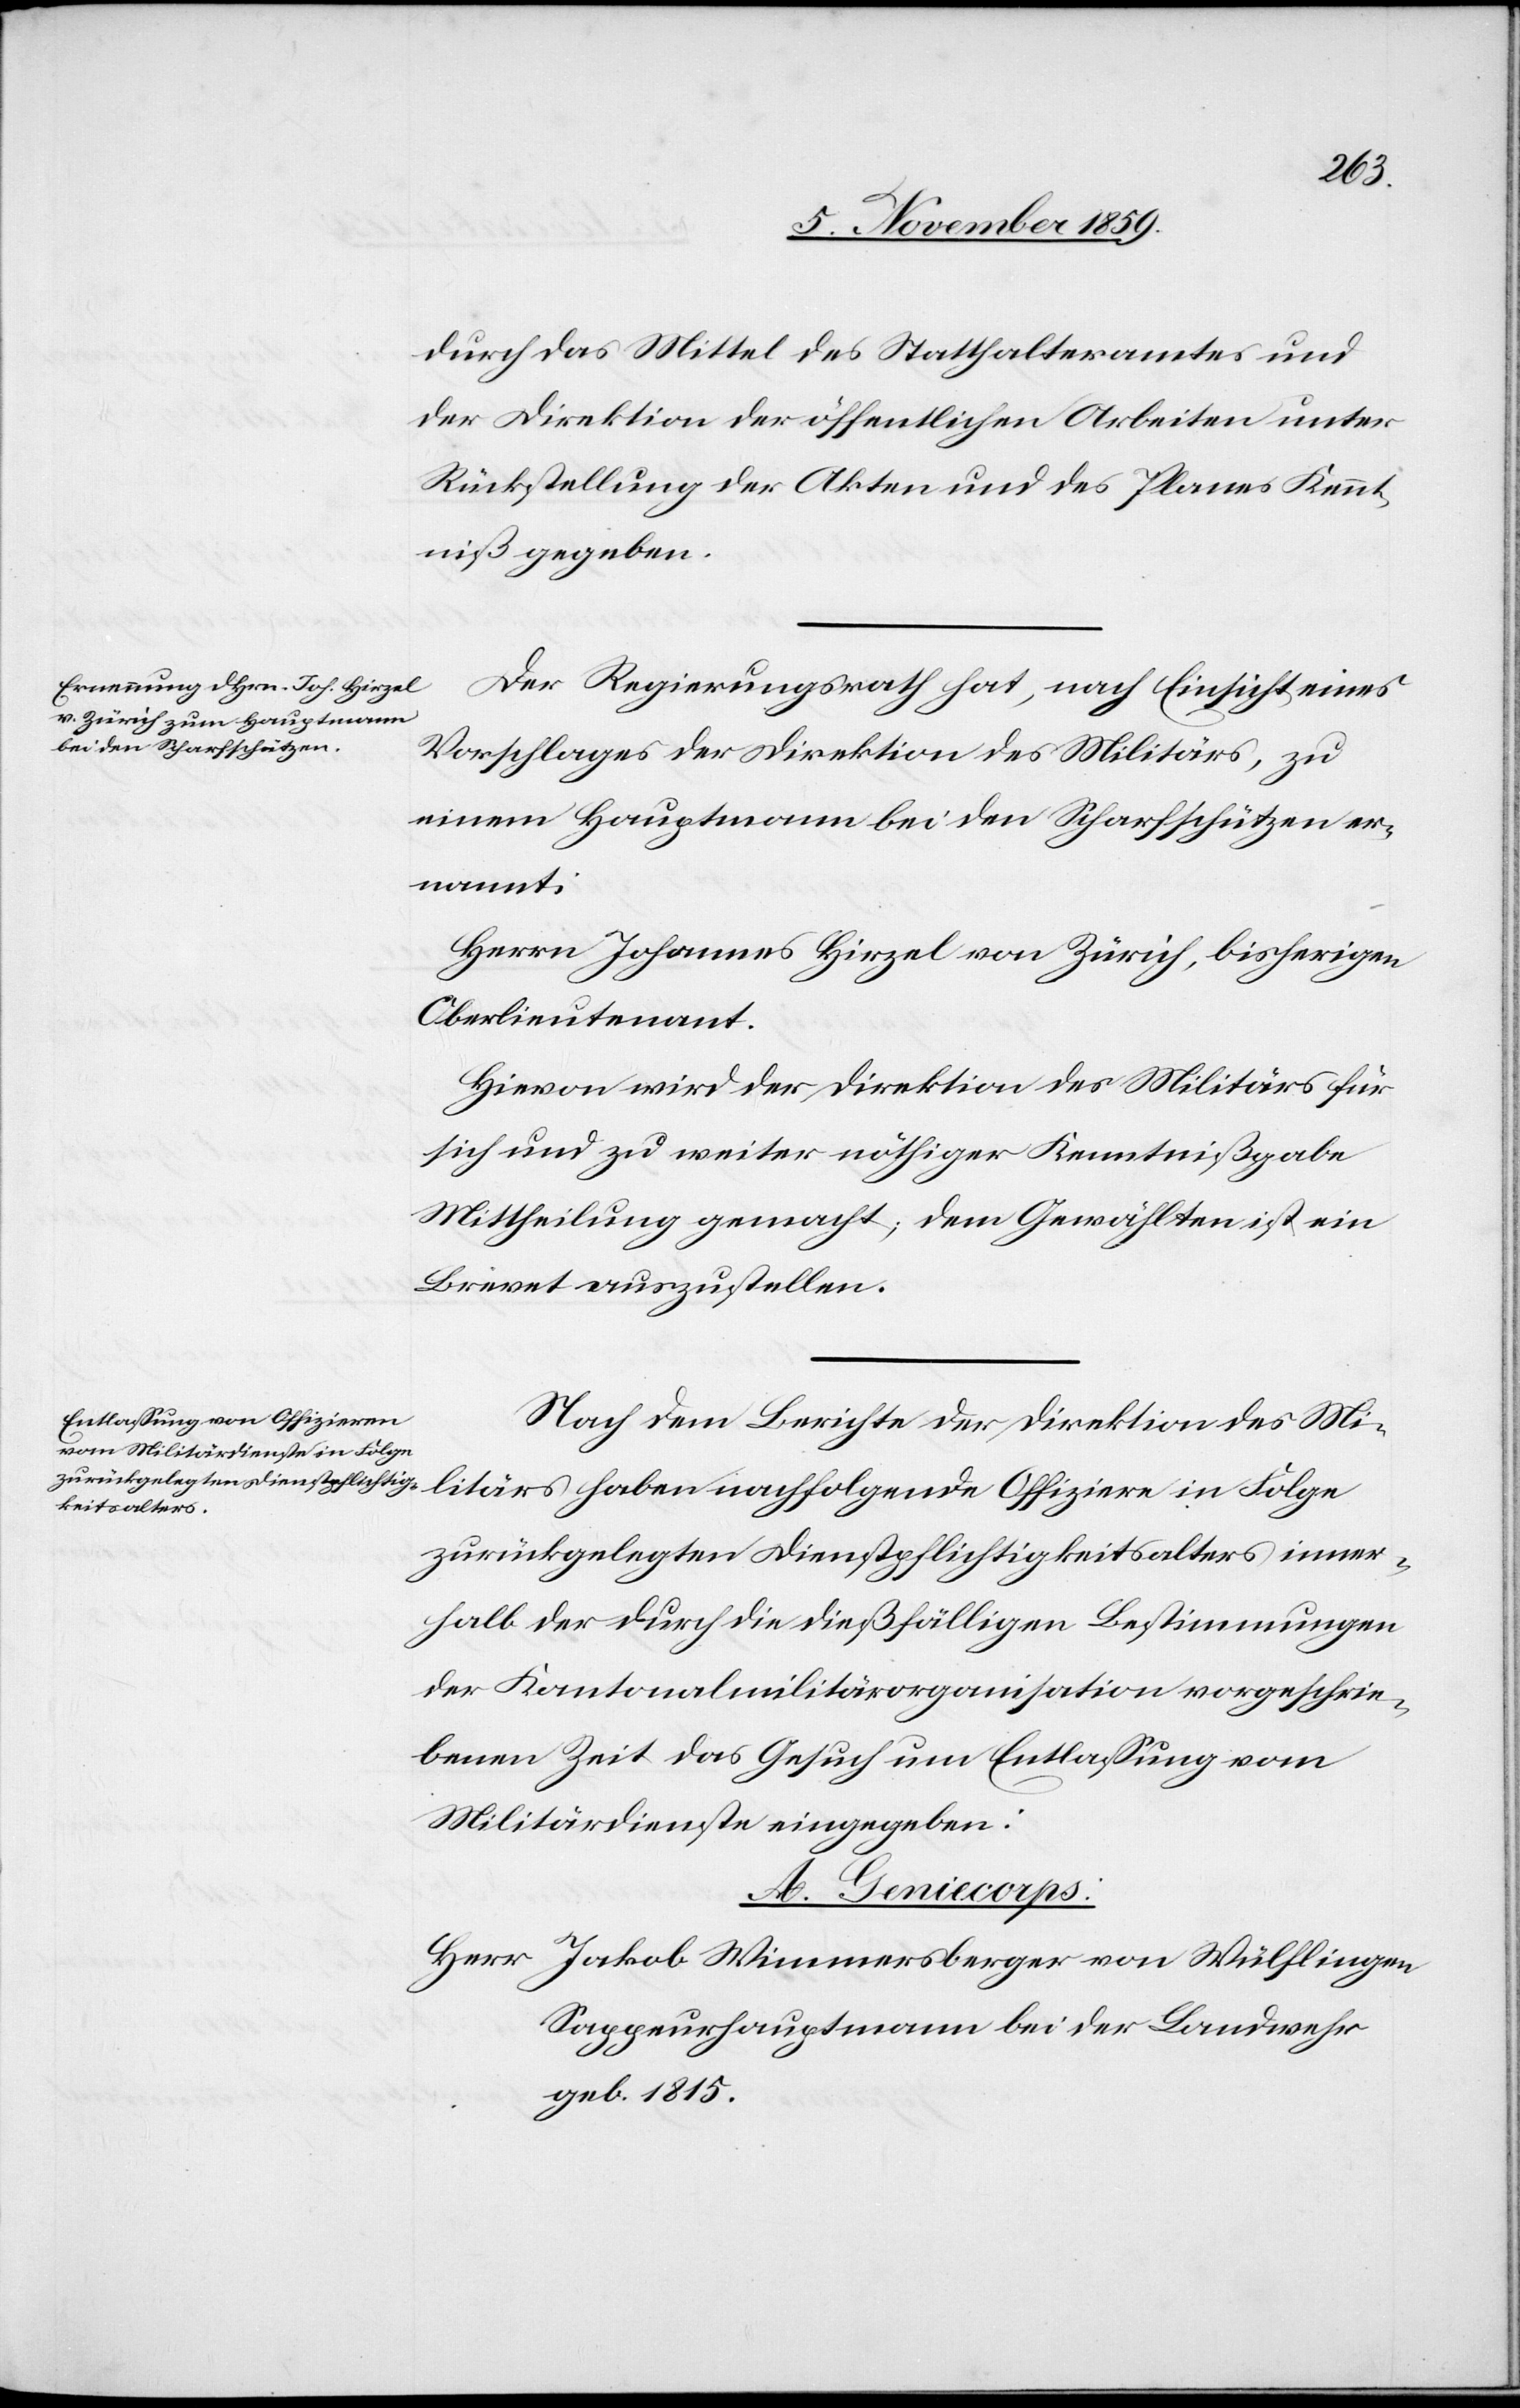
durch das Mittel des Statthalteramtes und
der Direktion der öffentlichen Arbeiten unter
Rückstellung der Akten und des Planes Kennt¬
niß gegeben.
Der Regierungsrath hat, nach Einsicht eines
Vorschlages der Direktion des Militärs, zu
einem Hauptmann bei den Scharfschützen er¬
nannt:
Herrn Johannes Hirzel von Zürich, bisherigen
Oberlieutnant.
Hievon wird der Direktion des Militärs für
sich und zu weiter nöthiger Kenntnißgabe
Mittheilung gemacht; dem Gewählten ist ein
Brevet auszustellen.
Nach dem Berichte der Direktion des Mi¬
litärs haben nachfolgende Offiziere in Folge
zurückgelegten Dienstpflichtigkeitsalters inner¬
halb der durch die dießfälligen Bestimmungen
der Kantonalmilitärorganisation vorgeschrie¬
benen Zeit das Gesuch um Entlassung vom
Militärdienste eingegeben:
A. Geniecorps:
Herr 	Jakob Wimmersberger von Wülflingen,
Sappeurhauptmann bei der Landwehr
geb. 1815.